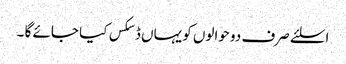
اسلئے صرف دو حوالوں کو یہاں ڈسکس کیا جائے گا ۔